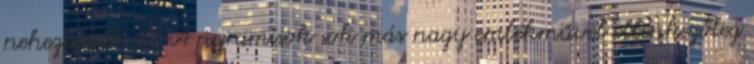
nehezednék rá. A pyramisok sok más nagy emlékművel ellenkezőleg